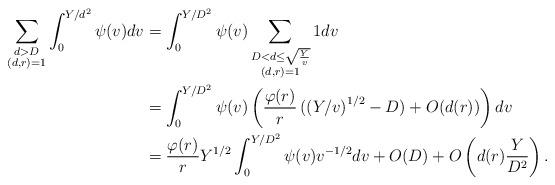
LaTeX: \begin{align*}\sum_{\substack{d> D\\(d,r)=1}}\int_{0}^{Y/d^2}\psi(v)dv &=\int_0^{Y/D^2}\psi(v)\sum_{\substack{D<d\leq \sqrt{\frac{Y}{v}}\\(d,r)=1}}1dv\\&=\int_0^{Y/D^2}\psi(v)\left(\dfrac{\varphi(r)}{r}\left((Y/v\right)^{1/2}-D)+O(d(r))\right)dv\\&=\dfrac{\varphi(r)}{r}Y^{1/2}\int_0^{Y/D^2}\psi(v)v^{-1/2}dv+O(D)+O\left(d(r)\dfrac{Y}{D^2}\right).\end{align*}